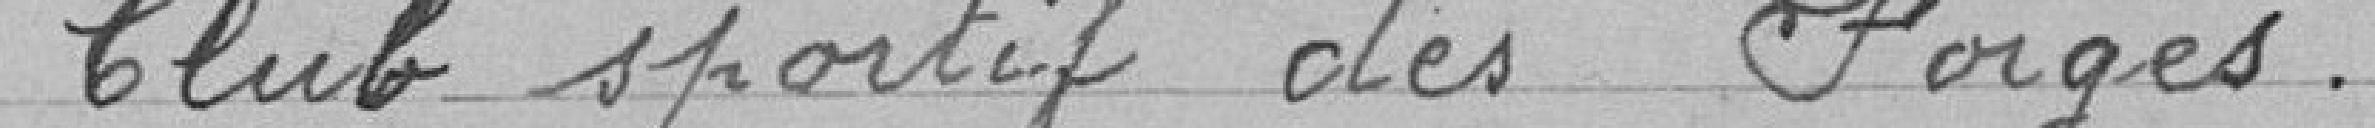
Club sportif des Forges